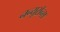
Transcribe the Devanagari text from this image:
नन्यूरॉन्स